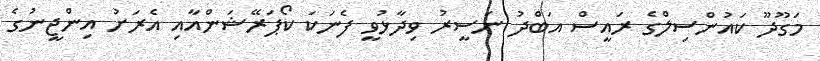
މަގޫދޫ ކައުންސިލްގެ ރައީސް އަބްދު ނަސީރު ވިދާޅުވީ ފެނަކަ ކޯޕަރޭޝަންއާއި އެރަށު އިންޖީނުގެ